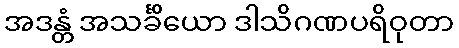
အဒန္တံ အသင်္ခိယော ဒါသိဂဏပရိဝုတာ